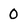
Character: O